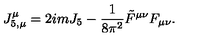
J _ { 5 , \mu } ^ { \mu } = 2 i m J _ { 5 } - \frac { 1 } { 8 \pi ^ { 2 } } \tilde { F } ^ { \mu \nu } F _ { \mu \nu } .